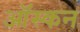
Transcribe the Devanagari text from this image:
ऑस्कन